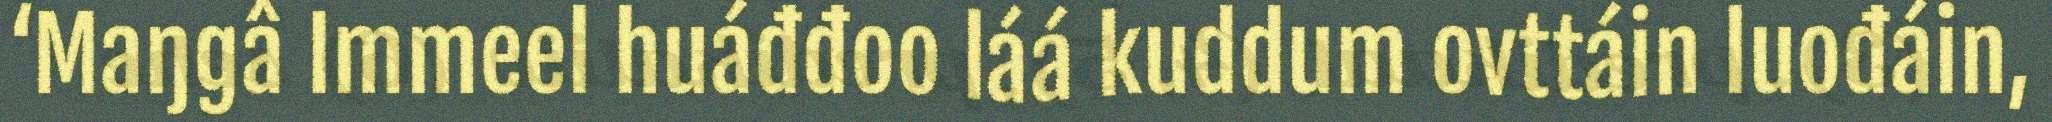
‘Maŋgâ Immeel huáđđoo láá kuddum ovttáin luođáin,